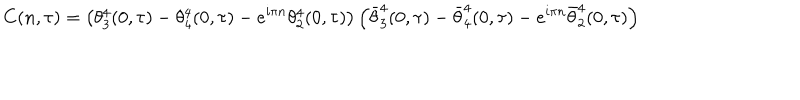
LaTeX: C ( n , \tau ) = \left( \theta _ { 3 } ^ { 4 } ( 0 , \tau ) - \theta _ { 4 } ^ { 4 } ( 0 , \tau ) - e ^ { i \pi n } \theta _ { 2 } ^ { 4 } ( 0 , \tau ) \right) \left( \bar { \theta } _ { 3 } ^ { 4 } ( 0 , \tau ) - \bar { \theta } _ { 4 } ^ { 4 } ( 0 , \tau ) - e ^ { i \pi n } \bar { \theta } _ { 2 } ^ { 4 } ( 0 , \tau ) \right)